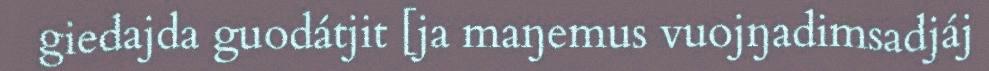
giedajda guodátjit [ja maŋemus vuojŋadimsadjáj